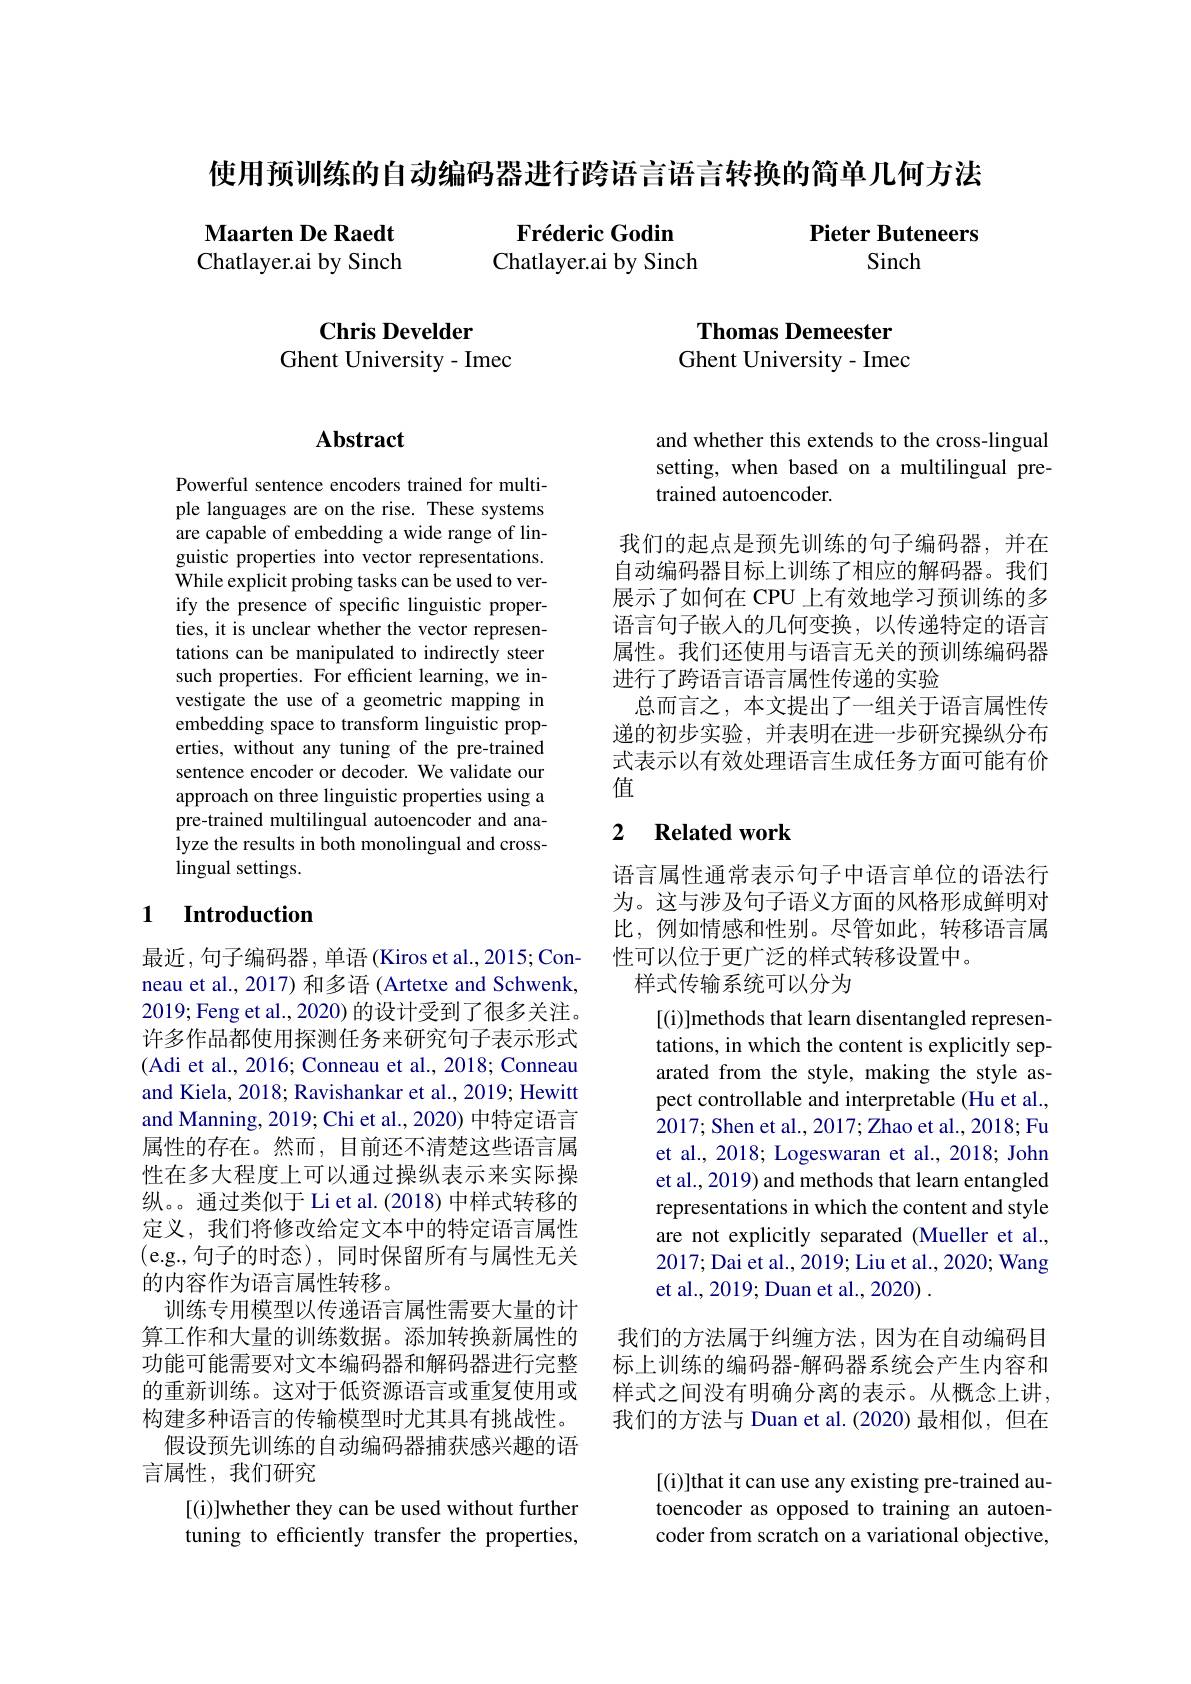
使用预训练的自动编码器进行跨语言语言转换的简单几何方法

Fréderic Godin
Chatlayer.ai by Sinch

Pieter Buteneers
Sinch

Maarten De Raedt Chatlayer.ai by Sinch

## $\mathbf{ChrisDevelder}$ Ghent University- Imec

## Thomas Demeester Ghent University - Imec

## $\mathbf{Abstract}$

Powerful sentence encoders trained for multiple languages are on the rise. These systems are capable of embedding a wide range of linguistic properties into vector representations. While explicit probing tasks can be used to verify the presence of specific linguistic properties, it is unclear whether the vector representations can be manipulated to indirectly steer such properties. For efficient learning, we investigate the use of a geometric mapping in embedding space to transform linguistic properties, without any tuning of the pre-trained sentence encoder or decoder. We validate our approach on three linguistic properties using a pre-trained multilingual autoencoder and analyze the results in both monolingual and crosslingual settings.

## 1 $\textbf{Introduction}$

最近，句子编码器，单语(Kiros et al., 2015; Conneau et al., 2017) 和多语 (Artetxe and Schwenk, 2019;Feng et al., 2020) 的设计受到了很多关注。许多作品都使用探测任务来研究句子表示形式(Adi et al., 2016; Conneau et al., 2018; Conneau and Kiela, 2018; Ravishankar et al., 2019; Hewitt and Manning, 2019; Chi et al., 2020) 中特定语言属性的存在。然而，目前还不清楚这些语言属性在多大程度上可以通过操纵表示来实际操纵。。通过类似于 Li et al. (2018) 中样式转移的定义，我们将修改给定文本中的特定语言属性(e.g.,句子的时态),同时保留所有与属性无关的内容作为语言属性转移。
训练专用模型以传递语言属性需要大量的计算工作和大量的训练数据。添加转换新属性的功能可能需要对文本编码器和解码器进行完整的重新训练。这对于低资源语言或重复使用或构建多种语言的传输模型时尤其具有挑战性。
假设预先训练的自动编码器捕获感兴趣的语
言属性，我们研究
[(i)]whether they can be used without further tuning to efficiently transfer the properties,

and whether this extends to the cross-lingual setting, when based on a multilingual pretrained autoencoder.

我们的起点是预先训练的句子编码器，并在自动编码器目标上训练了相应的解码器。我们展示了如何在 CPU 上有效地学习预训练的多语言句子嵌入的几何变换，以传递特定的语言属性。我们还使用与语言无关的预训练编码器进行了跨语言语言属性传递的实验
总而言之，本文提出了一组关于语言属性传递的初步实验，并表明在进一步研究操纵分布式表示以有效处理语言生成任务方面可能有价值

### 2 $\textbf{Related work}$

语言属性通常表示句子中语言单位的语法行为。这与涉及句子语义方面的风格形成鲜明对比，例如情感和性别。尽管如此，转移语言属性可以位于更广泛的样式转移设置中。
样式传输系统可以分为

[(i)]methods that learn disentangled representations, in which the content is explicitly separated from the style, making the style aspect controllable and interpretable (Hu et al., 2017; Shen et al., 2017; Zhao et al., 2018; Fu et al., 2018; Logeswaran et al., 2018; John et al., 2019) and methods that learn entangled representations in which the content and style are not explicitly separated (Mueller et al., 2017; Dai et al., 2019; Liu et al., 2020; Wang et al., 2019; Duan et al., 2020) .

我们的方法属于纠缠方法，因为在自动编码目标上训练的编码器-解码器系统会产生内容和样式之间没有明确分离的表示。从概念上讲， 我们的方法与 Duan et al.(2020)最相似，但在

[(i)]that it can use any existing pre-trained autoencoder as opposed to training an autoencoder from scratch on a variational objective,